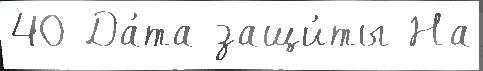
40 Да́та защи́ты На